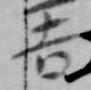
吉